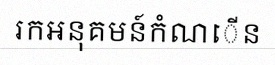
រកអនុគមន៍កំណើន